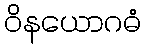
ဝိနယောဂဓံ